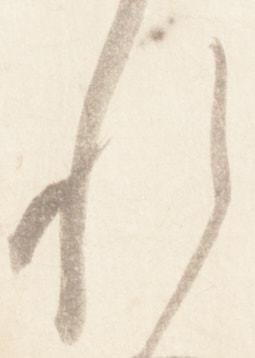
れ